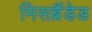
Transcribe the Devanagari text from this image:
मिसब्रैंडेड